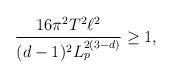
LaTeX: \begin{align*}\frac{16 \pi^2 T^2 \ell^2}{(d-1)^2 L_p^{2(3-d)}} \geq 1,\end{align*}